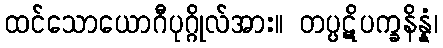
ထင်သောယောဂီပုဂ္ဂိုလ်အား။ တပ္ပဋိပက္ခနိန္နံ၊